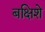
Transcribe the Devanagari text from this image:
बक्षिशे